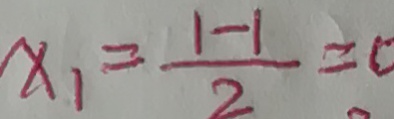
x _ { 1 } = \frac { 1 - 1 } { 2 } = 0